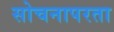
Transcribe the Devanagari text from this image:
सोचनापरता